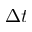
\Delta t